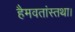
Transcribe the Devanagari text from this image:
हैमवतांस्तथा।